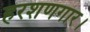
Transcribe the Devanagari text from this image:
हरशणगार।